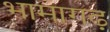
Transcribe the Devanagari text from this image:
भामागढ़